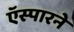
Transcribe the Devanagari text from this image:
ऍस्पारने